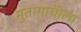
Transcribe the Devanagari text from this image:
मुतागाचीला